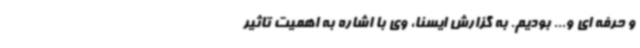
و حرفه ای و... بودیم. به گزارش ایسنا، وی با اشاره به اهمیت تاثیر